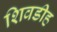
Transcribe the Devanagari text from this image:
शिवडीह